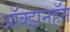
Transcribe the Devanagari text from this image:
ऑक्झनहॅम